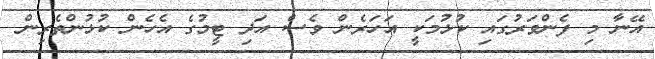
އޭނާ މި ފެންވަރުގައި ކުޅުމަކީ އަހަރެން ވެސް އަދި ޓީމުގެ އެހެން ކުޅުންތެރިން